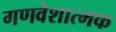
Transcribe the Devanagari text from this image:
गणवेशात्मक